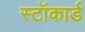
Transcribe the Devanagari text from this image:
स्टॉकार्ड